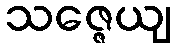
သဇ္ဇေယျ